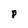
Character: p